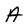
Character: A